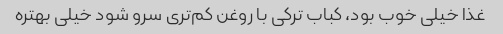
غذا خیلی خوب بود، کباب ترکی با روغن کم‌تری سرو شود خیلی بهتره